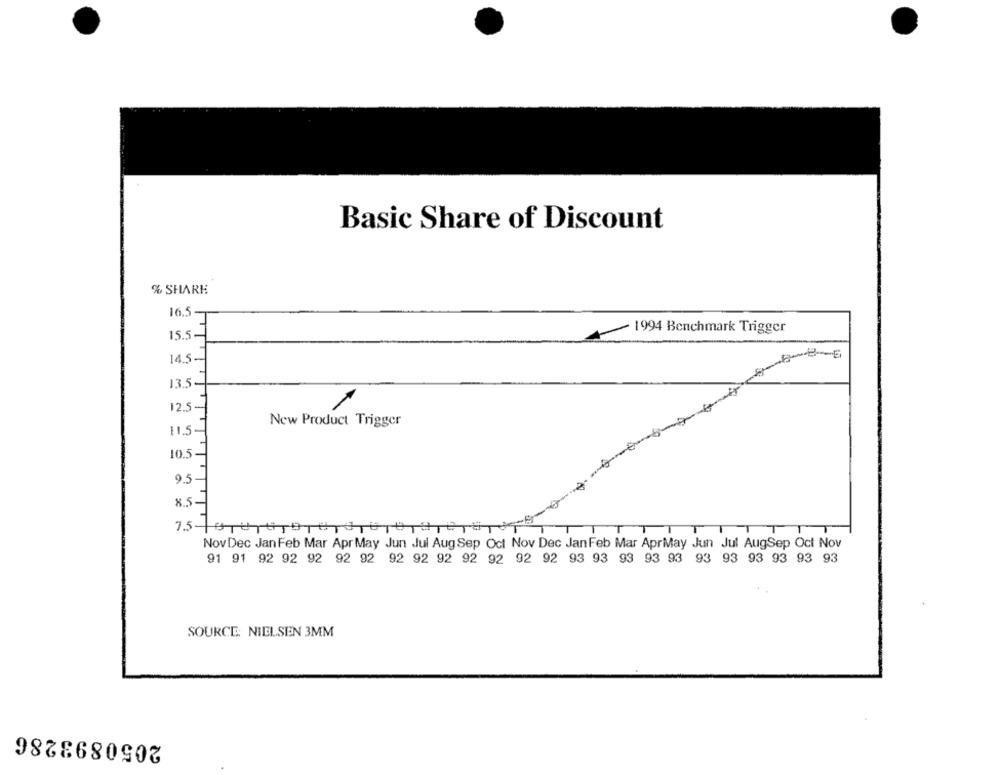
Basic Share of Discount
% SHARE
16.5-
- 1994 Benchmark Trigger
15.5-
-6-8-6
14.5
13.5-
12.5
New Product Trigger
11.5-
10.5
9.5
8.5-
TTT
T
T
Nov Dec Jan Feb Mar Apr May Jun Jul Aug Sep Oct Nov Dec JanFeb Mar AprMay Jun Jul AugSep Oct Nov
91 91 92 92 92 92 92 92 92 92 92 92 92 92 93 93 93 93 93 93 93 93 93 93 93
SOURCE: NIELSEN 3MM
2050893286